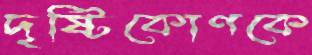
দৃষ্টিকোণকে